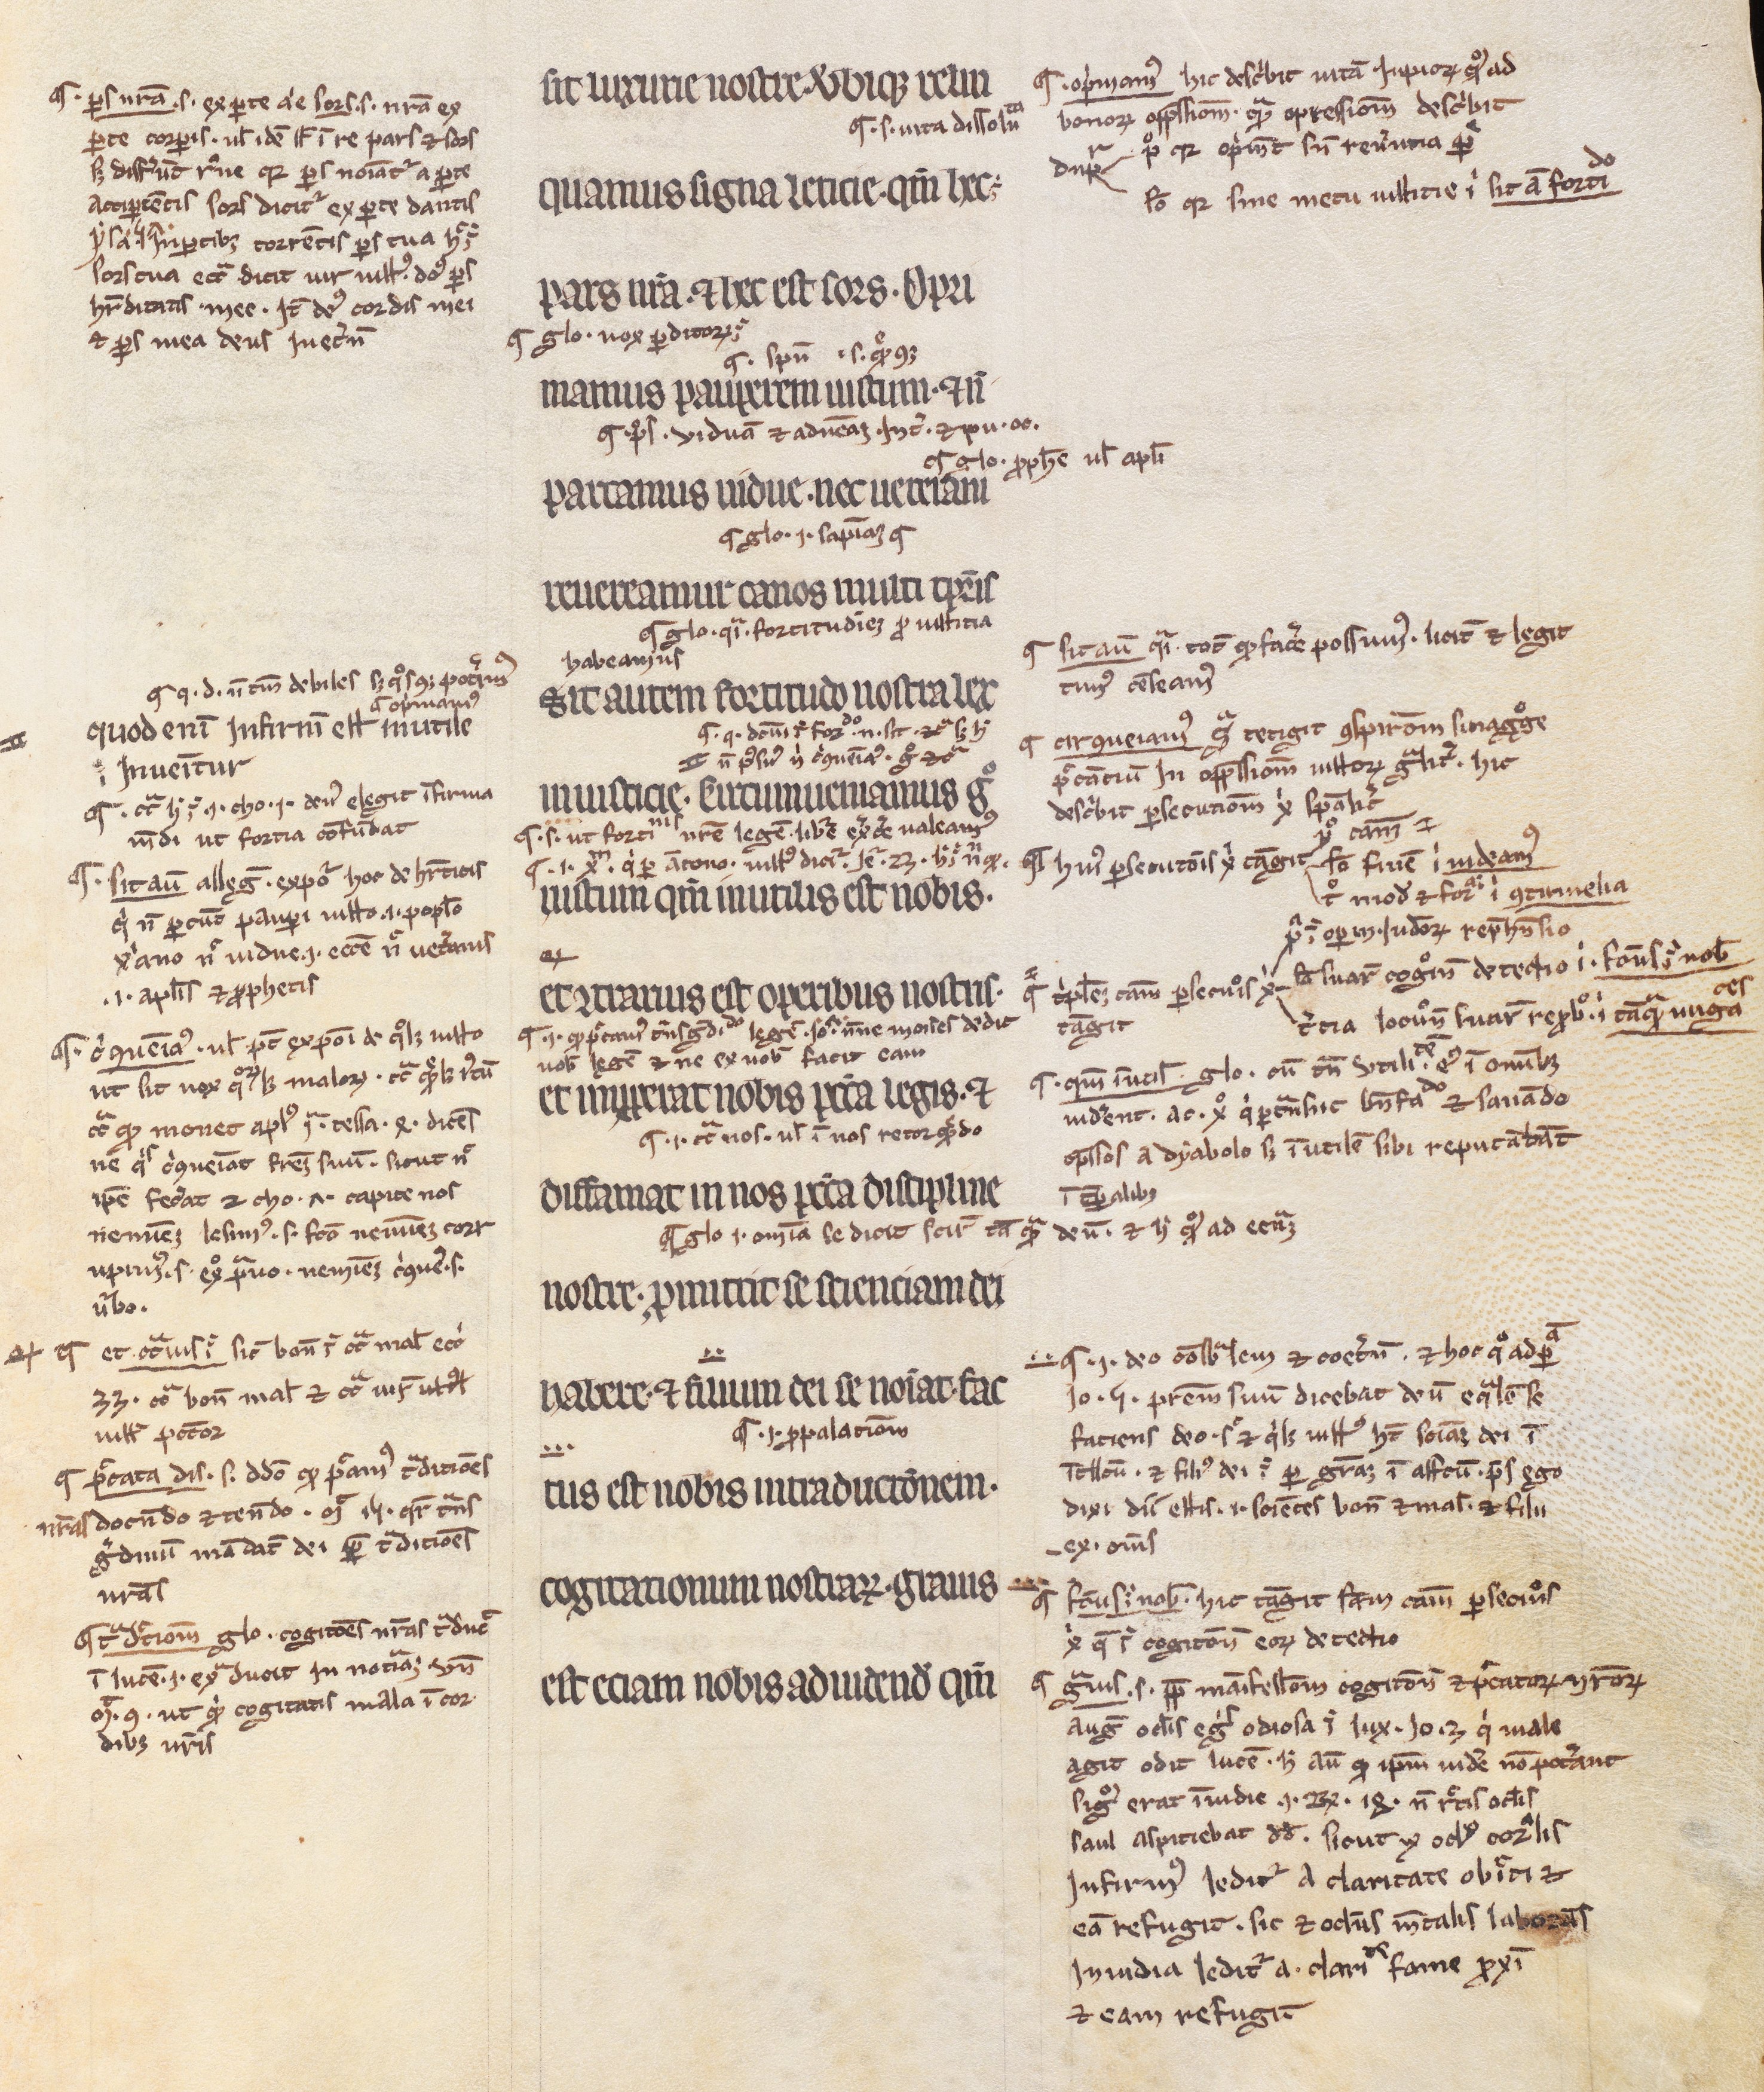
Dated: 1200–1299